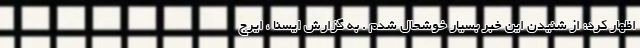
اظهار کرد: از شنیدن این خبر بسیار خوشحال شدم . به گزارش ایسنا ، ایرج